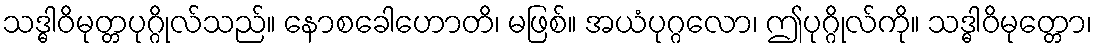
သဒ္ဓါဝိမုတ္တပုဂ္ဂိုလ်သည်။ နောစခေါဟောတိ၊ မဖြစ်။ အယံပုဂ္ဂလော၊ ဤပုဂ္ဂိုလ်ကို။ သဒ္ဓါဝိမုတ္တော၊